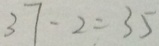
3 7 - 2 = 3 5